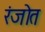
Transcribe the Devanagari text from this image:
रंजोत